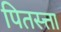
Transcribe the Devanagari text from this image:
पितस्त्ता